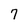
Character: 7